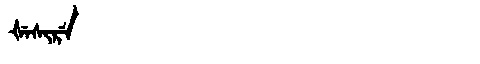
Manchu: ᡧᡝᠰᡳᡵᡝ
Romanization: ŠESIRE